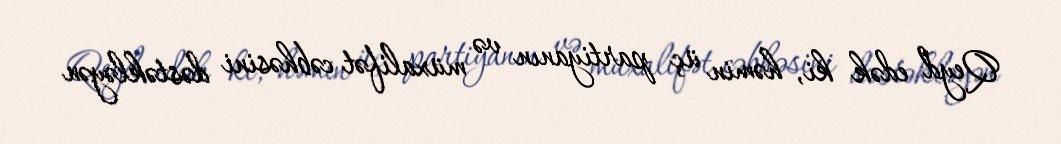
Qeyd edək ki, həmin üç partiyanın və müxalifət cəbhəsini dəstəkləyən